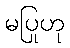
မပြုဟု